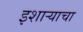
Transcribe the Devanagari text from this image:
इशाऱ्याचा